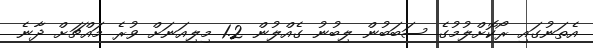
އެތަނުގައި ރޯކޮށްލުމުގެ ސަބަބުން ލިބުނު ގެއްލުން 1.2 މިލިއަނަށް ވުރެ މައްޗަށް ދާނެ